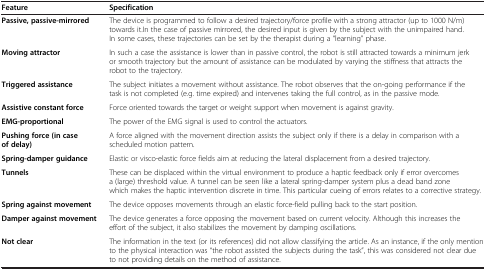
| Feature | Specification |
 | --- | --- |
 | Passive,passive-mirrored | The device is programmed to follow a desired trajectory/force profile with a strong attractor (up to 1000 N/m) towards it.In the case of passive mirrored, the desired input is given by the subject with the unimpaired hand. In some cases, these trajectories can be set by the therapist during a “learning” phase. |
 | Moving attractor | In such a case the assistance is lower than in passive control, the robot is still attracted towards a minimum jerk or smooth trajectory but the amount of assistance can be modulated by varying the stiffness that attracts the robot to the trajectory. |
 | Triggered assistance | The subject initiates a movement without assistance. The robot observes that the on-going performance if the task is not completed (e.g. time expired) and intervenes taking the full control, as in the passive mode. |
 | Assistive constant force | Force oriented towards the target or weight support when movement is against gravity. |
 | EMG-proportional | The power of the EMG signal is used to control the actuators. |
 | Pushing force (in case of delay) | A force aligned with the movement direction assists the subject only if there is a delay in comparison with a scheduled motion pattern. |
 | Spring-damper guidance | Elastic or visco-elastic force fields aim at reducing the lateral displacement from a desired trajectory. |
 | Tunnels | These can be displaced within the virtual environment to produce a haptic feedback only if error overcomes a (large) threshold value. A tunnel can be seen like a lateral spring-damper system plus a dead band zone which makes the haptic intervention discrete in time. This particular cueing of errors relates to a corrective strategy. |
 | Spring against movement | The device opposes movements through an elastic force-field pulling back to the start position. |
 | Damper against movement | The device generates a force opposing the movement based on current velocity. Although this increases the effort of the subject, it also stabilizes the movement by damping oscillations. |
 | Not clear | The information in the text (or its references) did not allow classifying the article. As an instance, if the only mention to the physical interaction was “the robot assisted the subjects during the task”, this was considered not clear due to not providing details on the method of assistance. |